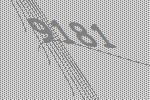
9181